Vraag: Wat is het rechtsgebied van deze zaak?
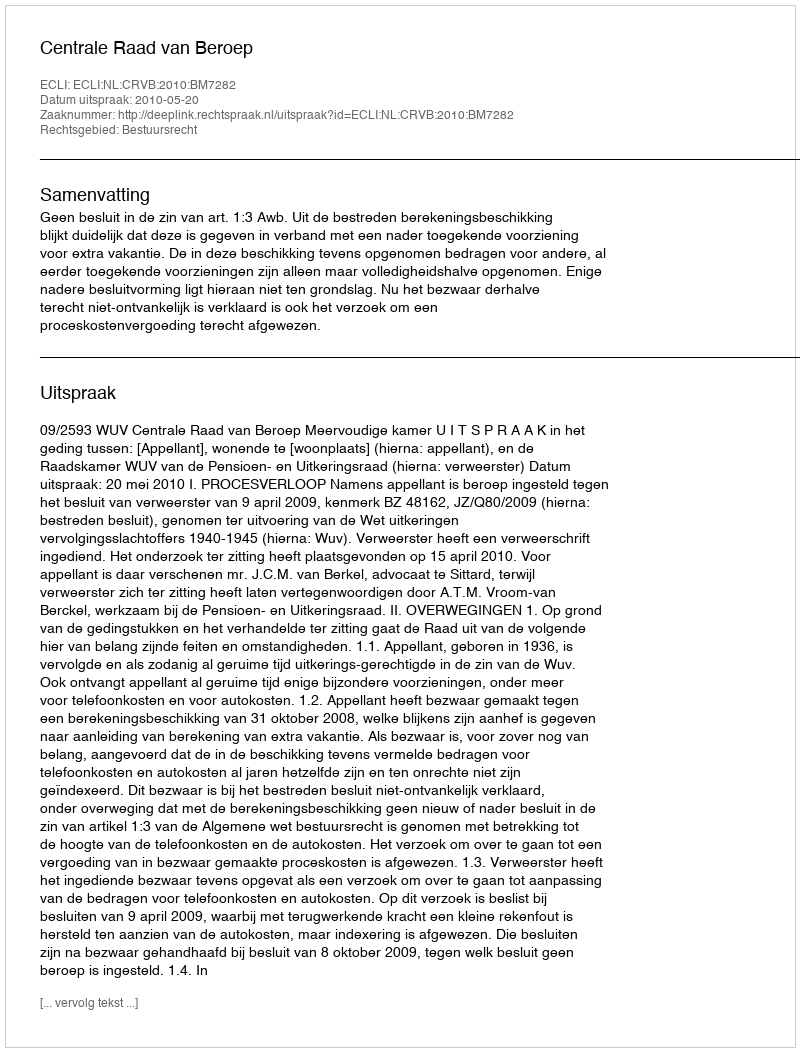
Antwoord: Bestuursrecht